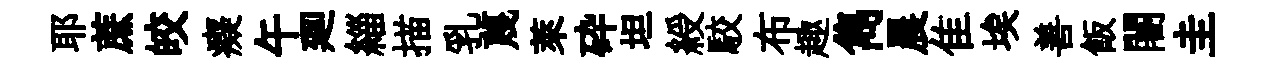
耶蔗皎癡午廽緇描乳蔑萊砕坦綬駮布趣雋晨隹埃善飯闍圭